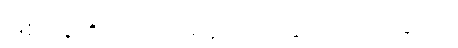
ဖြစ်ချေ၏တကား။ ။ ခုတ်တလွဲ ပြတ်တလွဲ (၉)